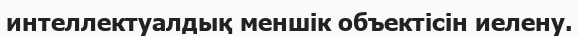
интеллектуалдық меншік объектісін иелену.